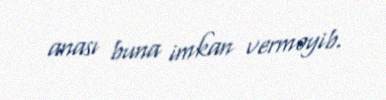
anası buna imkan verməyib.